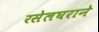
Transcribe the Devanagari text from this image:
रसेलघराने